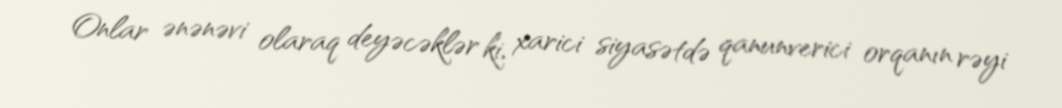
Onlar ənənəvi olaraq deyəcəklər ki, xarici siyasətdə qanunverici orqanın rəyi